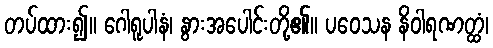
တပ်ထား၍။ ဂေါရူပါနံ၊ နွားအပေါင်းတို့၏။ ပဝေသန နိဝါရဏတ္ထံ၊